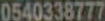
0540338777